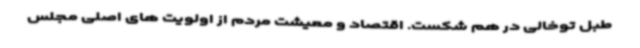
طبل توخالی در هم شکست. اقتصاد و معیشت مردم از اولویت های اصلی مجلس